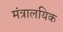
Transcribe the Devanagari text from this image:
मंत्रालयिक